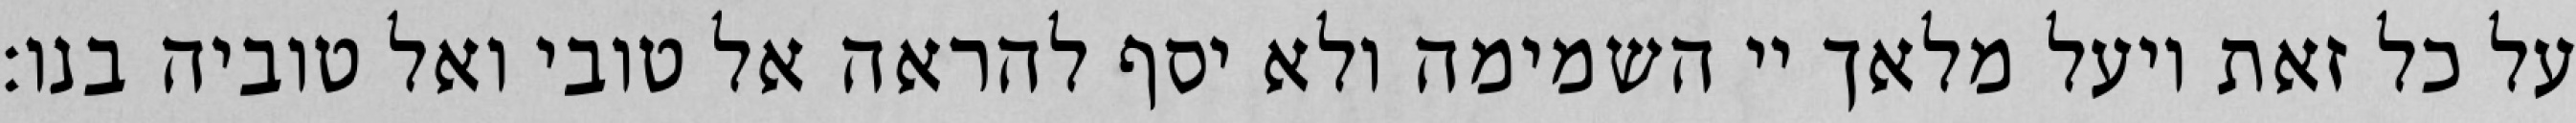
על כל זאת ויעל מלאך יי השמימה ולא יסף להראה אל טובי ואל טוביה בנו: